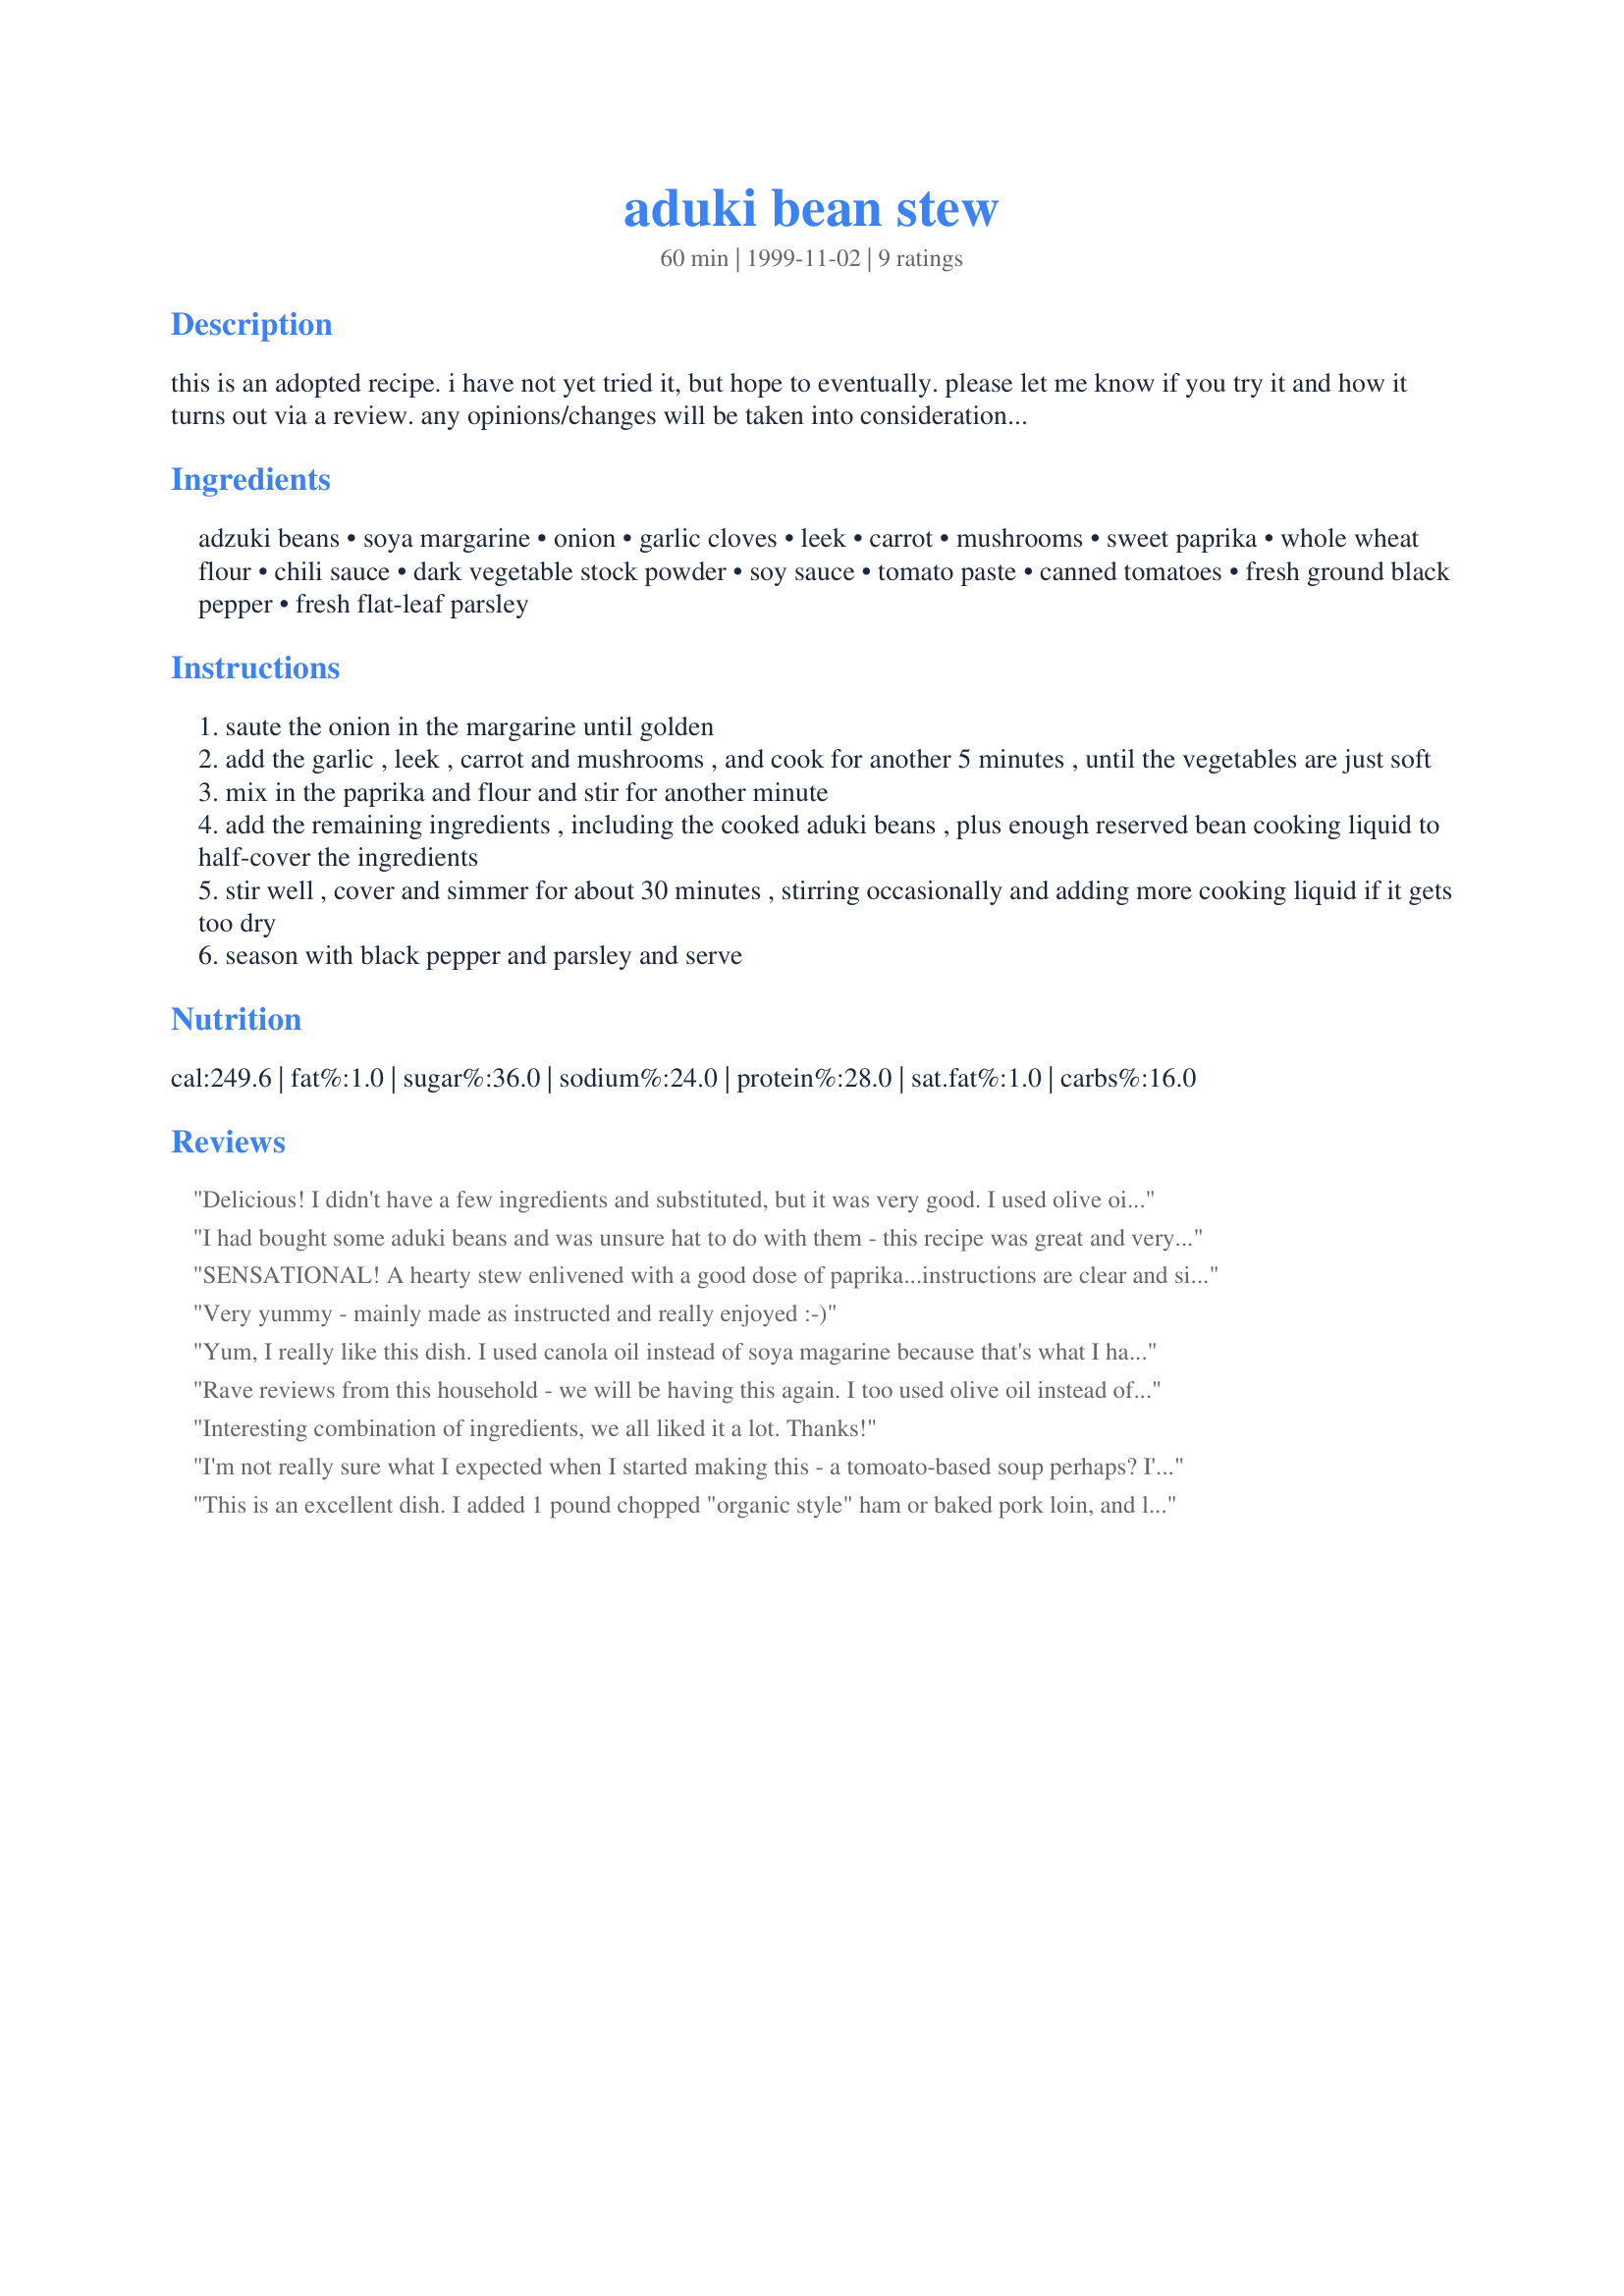
aduki bean stew
Preparation time: 60 minutes

this is an adopted recipe. i have not yet tried it, but hope to eventually. please let me know if you try it and how it turns out via a review. any opinions/changes will be taken into consideration! thanks!

Ingredients:
adzuki beans, soya margarine, onion, garlic cloves, leek, carrot, mushrooms, sweet paprika, whole wheat flour, chili sauce, dark vegetable stock powder, soy sauce, tomato paste, canned tomatoes, fresh ground black pepper, fresh flat-leaf parsley

Steps:
saute the onion in the margarine until golden
add the garlic , leek , carrot and mushrooms , and cook for another 5 minutes , until the vegetables are just soft
mix in the paprika and flour and stir for another minute
add the remaining ingredients , including the cooked aduki beans , plus enough reserved bean cooking liquid to half-cover the ingredients
stir well , cover and simmer for about 30 minutes , stirring occasionally and adding more cooking liquid if it gets too dry
season with black pepper and parsley and serve

Reviews:
Delicious! I didn't have a few ingredients and substituted, but it was very good. I used olive oil rather than soya margarine, celery instead of a leek, left out mushrooms, tomato paste, and parsley. I also used water rather than the liquid from the beans as I hadn't saved it.
I had bought some aduki beans and was unsure hat to do with them - this recipe was great and very easy to make. I substituted olive oil for the soya margarine and used chili powder rather than the chili sauce. It's great served with tacos, salsa and cheese.
SENSATIONAL! A hearty stew enlivened with a good dose of paprika...instructions are clear and simple...I used fresh tomatoes, chopped,in place of canned, otherwise followed the recipe as presented. The flavours of the fresh vegetables come through beautifully. I really like aduki beans, they're mild in flavour and smaller so they cook up faster. For those unsure about trying this, if you like chili you'll like this dish. A sure winner that goes into my 'make again' recipes. Thanks.
Very yummy - mainly made as instructed and really enjoyed :-)
Yum, I really like this dish. I used canola oil instead of soya magarine because that's what I had on hand. I also skipped the leek because I didn't have any and used a lighter vegetable stock powder that I had available.

I made this in a crock pot and had some rice on the side so family members could dish up the amounts they wanted. I also had a shaker full of spices (equal amounts of parsley, oregano, garlic powder, onion powder black pepper, red pepper, celery seed and cumin) available for family members to shake over their dish. Nice alternative to salt and goes well with the dish.
Rave reviews from this household - we will be having this again. I too used olive oil instead of margarine, and I used thai sweet chilli sauce for the chilli sauce.

I plan to make this using white beans next time just to see what that's like.
Interesting combination of ingredients, we all liked it a lot. Thanks!
I'm not really sure what I expected when I started making this - a tomoato-based soup perhaps? I'm not a fan of onions or mushrooms, so I added a can of corn instead. It started to look suspiciously like a chili, so I just let it simmer a little longer. It turned out to be a great vegetarian recipe. Thanks for sharing!
This is an excellent dish. I added 1 pound chopped "organic style" ham or baked pork loin, and liked it even better.
Eastcoastcook
